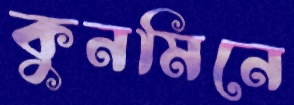
কুনমিনে